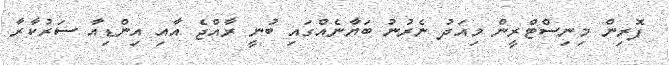
ފޮރިން މިނިސްޓްރީން މިއަދު ނެރުނު ބަޔާނެއްގައި ބުނީ ރާއްޖެ އާއި އިންޑިއާ ސަރުކާރާ